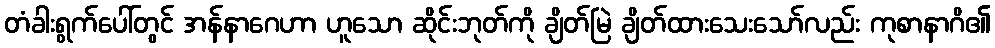
တံခါးရွက်ပေါ်တွင် အန်နာဂေဟာ ဟူသော ဆိုင်းဘုတ်ကို ချိတ်မြဲ ချိတ်ထားသေးသော်လည်း ကုစာနာဂိ၏